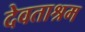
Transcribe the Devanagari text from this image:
देवताश्रम